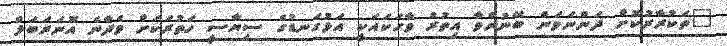
"ތަކުރާރުކޮށް ދަންނަވަން ބޭނުންވާ އިތުރު ވާހަކައަކީ އަޅުގަނޑުގެ ސިޔާސީ ހަތުރަކަށް ވެދާނެ އޮނަރަބަލް